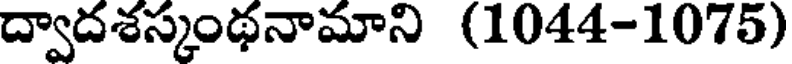
ద్వాదశస్కంథనామాని (1044-1075)